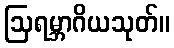
ဩရမ္ဘာဂိယသုတ်။